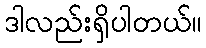
ဒါလည်းရှိပါတယ်။